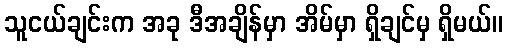
သူငယ်ချင်းက အခု ဒီအချိန်မှာ အိမ်မှာ ရှိချင်မှ ရှိမယ်။